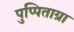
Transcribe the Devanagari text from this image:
पुप्पिताग्रा